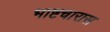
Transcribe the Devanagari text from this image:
भाष्टचारास